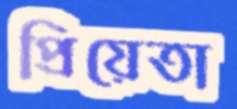
প্রিয়েতা